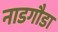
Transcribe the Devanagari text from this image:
नाडगौडा